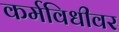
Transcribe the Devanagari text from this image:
कर्मविधीवर